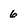
Character: 6